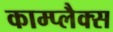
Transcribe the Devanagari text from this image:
काम्प्लैक्स